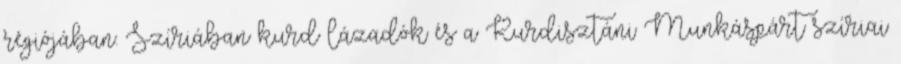
régiójában. Szíriában kurd lázadók és a Kurdisztáni Munkáspárt szíriai